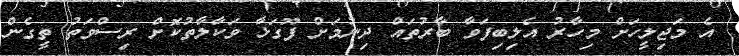
އެ މަޖިލީހަށް މިހާރު އެލިބިފަވާ ބާރުތައް ދިނުމަށް ފޫގަޅާ ވަކާލާތުކޮށް ރިސްވަތު ތީގެން